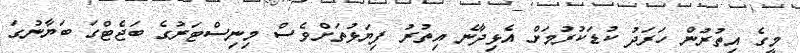
މީގެ އިތުރުން ހަރަދު ކުޑަކުރުމަށް އެޅިދާނެ އިތުރު ފިޔަޅުތަށްވެސް މިނިސްޓަރުގެ ބަޖެޓްގަ ބަޔާނުގަ